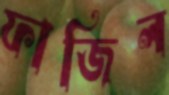
ফাজিল